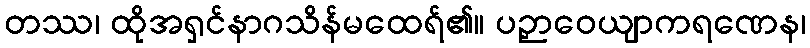
တဿ၊ ထိုအရှင်နာဂသိန်မထေရ်၏။ ပဉှာဝေယျာကရဏေန၊